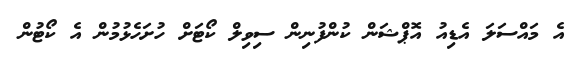
އެ މައްސަލަ އެޑިއު އޮޕްޝަން ކުންފުނިން ސިވިލް ކޯޓަށް ހުށަހެޅުމުން އެ ކޯޓުން